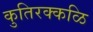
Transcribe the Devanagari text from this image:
कुतिरक्कळि